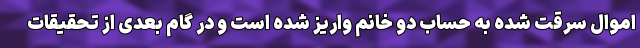
اموال سرقت شده به حساب دو خانم واریز شده است و در گام بعدی از تحقیقات